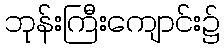
ဘုန်းကြီးကျောင်း၌